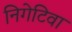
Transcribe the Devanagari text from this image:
निगेटिवा